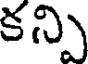
కన్పి